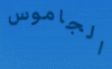
الجاموس